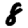
Digit: 8